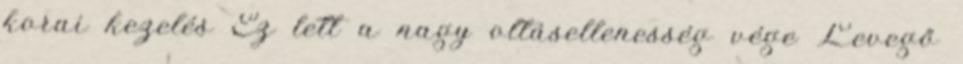
korai kezelés Ez lett a nagy oltásellenesség vége Levegő